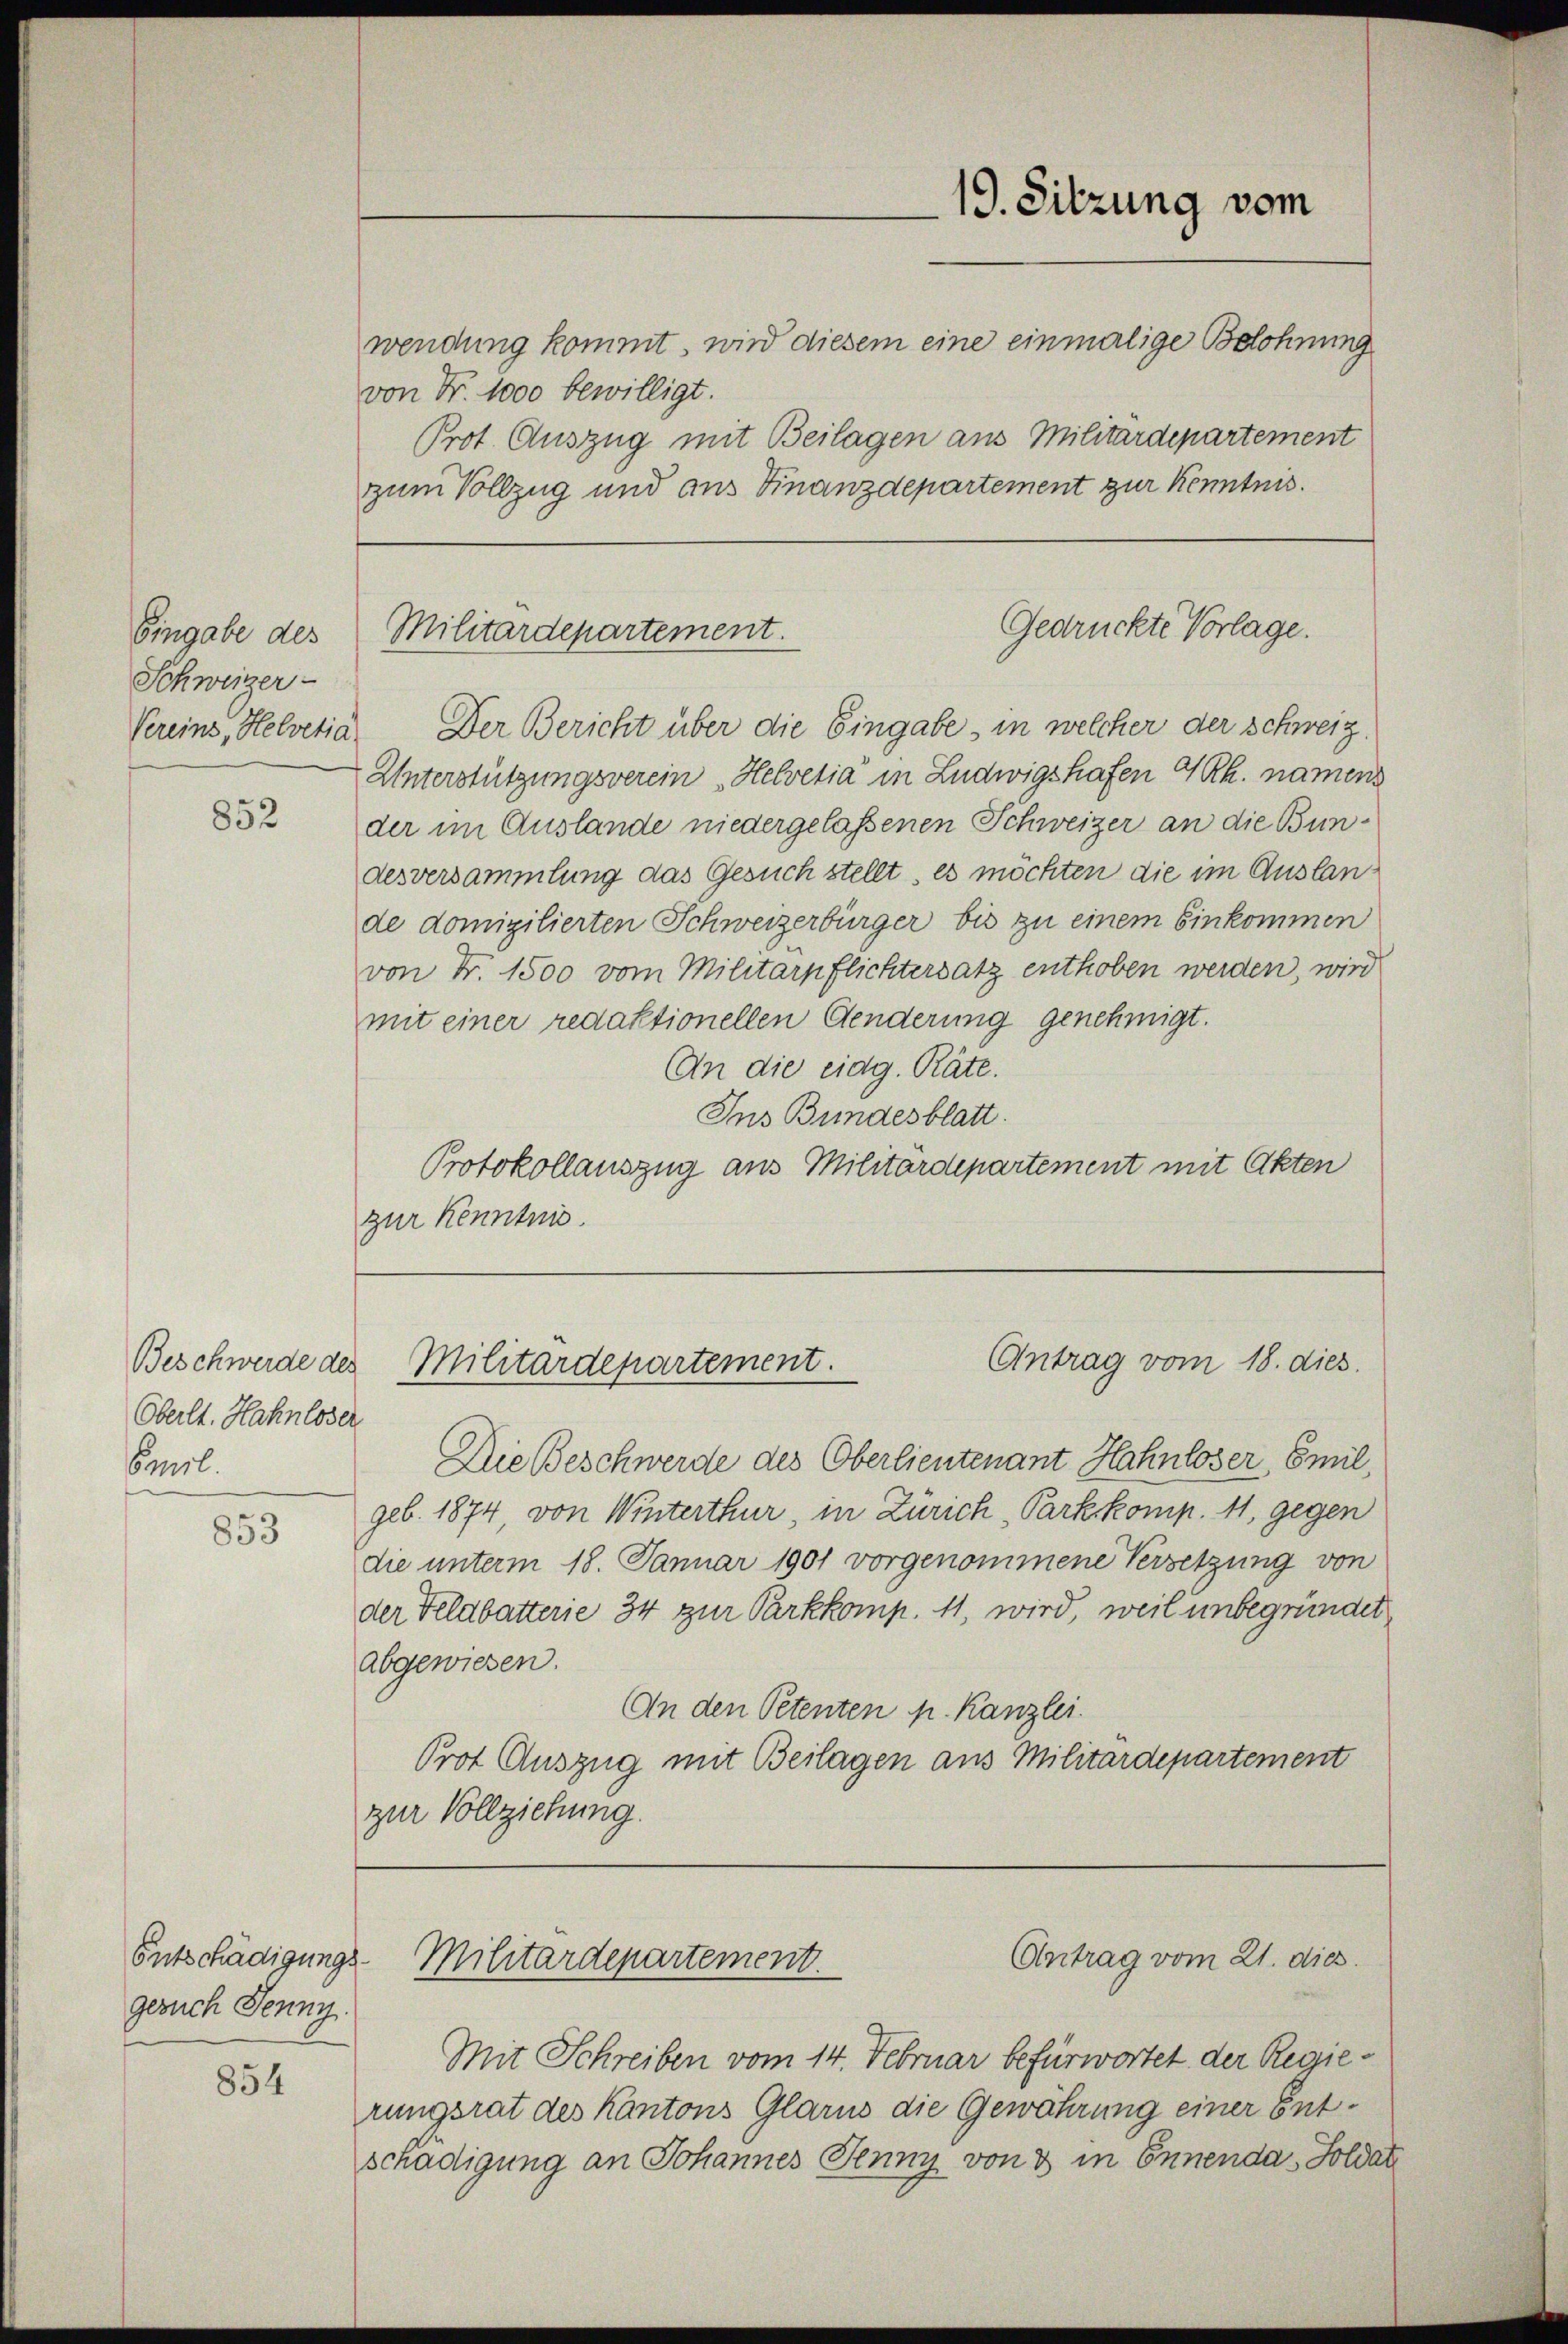
Eingabe des
Schweizer-

852

Oberlt. Hahnloser
Concl.
853

Entschädigungs
gesuch Jenny.

854

von Fr. 1000 bewilligt.
zum Vollzug und aus Finanzdepartement zur Kenntnis.

Vereins, Helvetia. Der Bericht über die Eingabe, in welcher der Schweiz.
Unterstützungsverein „Helvetia in Ludwigshafen 4 Rh. namens
der im Auslande niedergelassenen Schweizer an die Bundesversammlung das Gesuch stellt, es möchten die im Auslande domizilierten Schweizerbürger bis zu einem Einkommen
von Fr. 1500 vom Militärpflichtersatz enthoben werden, wird
mit einer redaktionellen Aenderung genehmigt.
An die eidg. Räte.
Ins Bundesblatt.
Protokollauszug aus Militärdepartement mit Akten
zur Kenntnis.

Militärdepartement.

19. Sitzung vom
wendung kommt, wird diesem eine einmalige Belohnung
Prot. Auszug mit Beilagen aus Militärdepartement

Die Beschwerde des Oberlieutenant Hahnloser, Emil
geb. 1874, von Winterthur, in Zürich Parkkomp. 11, gegen
die unterm 18. Januar 1901 vorgenommene Versetzung von
der Feldbatterie 34 zur Parkkomp. 11, wird, weil unbegründet
abgewiesen.
An den Petenten p. Kanzlei.
Prot. Auszug mit Beilagen aus Militärdepartement
zur Vollziehung.

Gedrückte Vorlage.

Antrag vom 18. dies
Beschwerde des Militärdepartement.

Antrag vom 21. dies
Militärdepartement.

Mit Schreiben vom 14. Februar befürwortet der Regierungsrat des Kantons Glarus die Gewährung einer Entschädigung an Johannes Jenny von 3 in Ennenda - Soldat